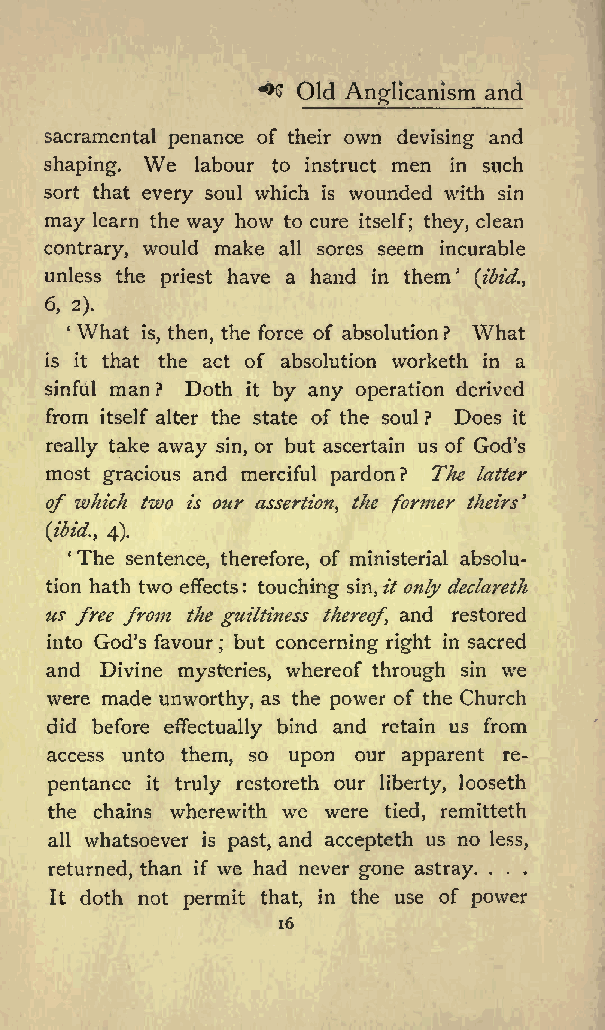
**$ Old Anglicanism and
 sacramental penance of their own devising and
 shaping. We labour to instruct men in such
 sort that every soul which is wounded with sin
 may learn the way how to cure itself; they, clean
 contrary, would make all sores seem incurable
 unless the priest have a hand in them (ibid.,
 6, 2).
 What is, then, the force of absolution? What
 is it that the act of absolution worketh in a
 sinful man? Doth it by any operation derived
 from itself alter the state of the soul ? Does it
 really take away sin, or but ascertain us of God s
 most gracious and merciful pardon? The latter
 of which two is our assertion, the former theirs
 (ibid., 4).
 The sentence, therefore, of ministerial absolu
 tion hath two effects: touching sin, it only declareth
 us free from the guiltiness thereof, and restored
 into God s favour ; but concerning right in sacred
 and Divine mysteries, whereof through sin we
 were made unworthy, as the power of the Church
 did before effectually bind and retain us from
 access unto them, so upon our apparent re
 pentance it truly restoreth our liberty, looseth
 the chains wherewith we were tied, remitteth
 all whatsoever is past, and accepteth us no less,
 returned, than if we had never gone astray. . . .
 It doth not permit that, in the use of power
 16